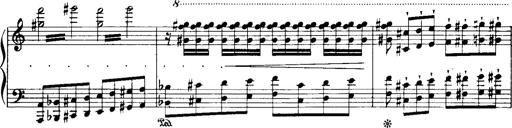
Title: Historische ungarische Bildnisse
Composer: Franz Liszt